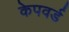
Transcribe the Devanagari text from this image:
केपवर्ड